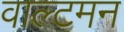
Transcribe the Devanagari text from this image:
वाल्टमन